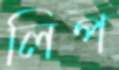
লিপ